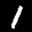
Label: 1